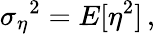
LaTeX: {\sigma_{\eta}}^{2}=E[\eta^{2}]\, ,